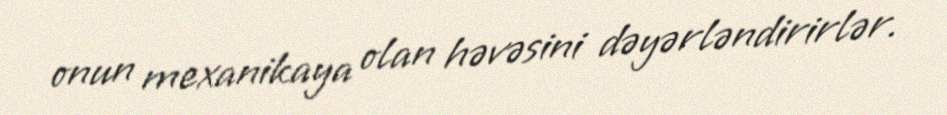
onun mexanikaya olan həvəsini dəyərləndirirlər.